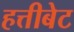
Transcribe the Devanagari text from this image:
हत्तीबेट